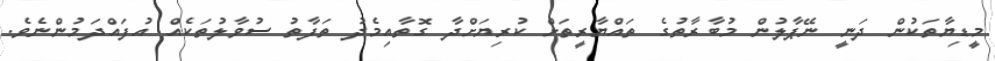
މީޑިޔާތަކުން ދަނީ ނޭޕާލުން މުބާރާތުގެ ތައްޔާރީތަށް ކުރިޔަށްދާ ގޮތާއިމެދު ތަފާތު ސުވާލުތަކެއް އުފައްދަމުންނެވެ.